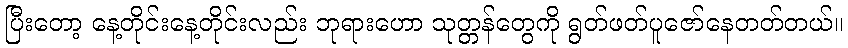
ပြီးတော့ နေ့တိုင်းနေ့တိုင်းလည်း ဘုရားဟော သုတ္တန်တွေကို ရွတ်ဖတ်ပူဇော်နေတတ်တယ်။